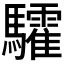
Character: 𩧏